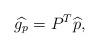
LaTeX: \begin{align*}\widehat{g_p}=P^T\widehat p,\end{align*}